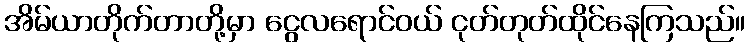
အိမ်ယာတိုက်တာတို့မှာ ငွေလရောင်ဝယ် ငုတ်တုတ်ထိုင်နေကြသည်။